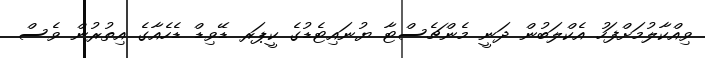
ވިއްކާލުމަށްފަހު އެކްލަބުން ދަނީ މެންޗެސްޓާ ޔުނައިޓެޑުގެ ކީޕަރ ޑޭވިޑް ޑެހެއާގެ އިތުރުން ވެސް